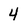
Character: 4